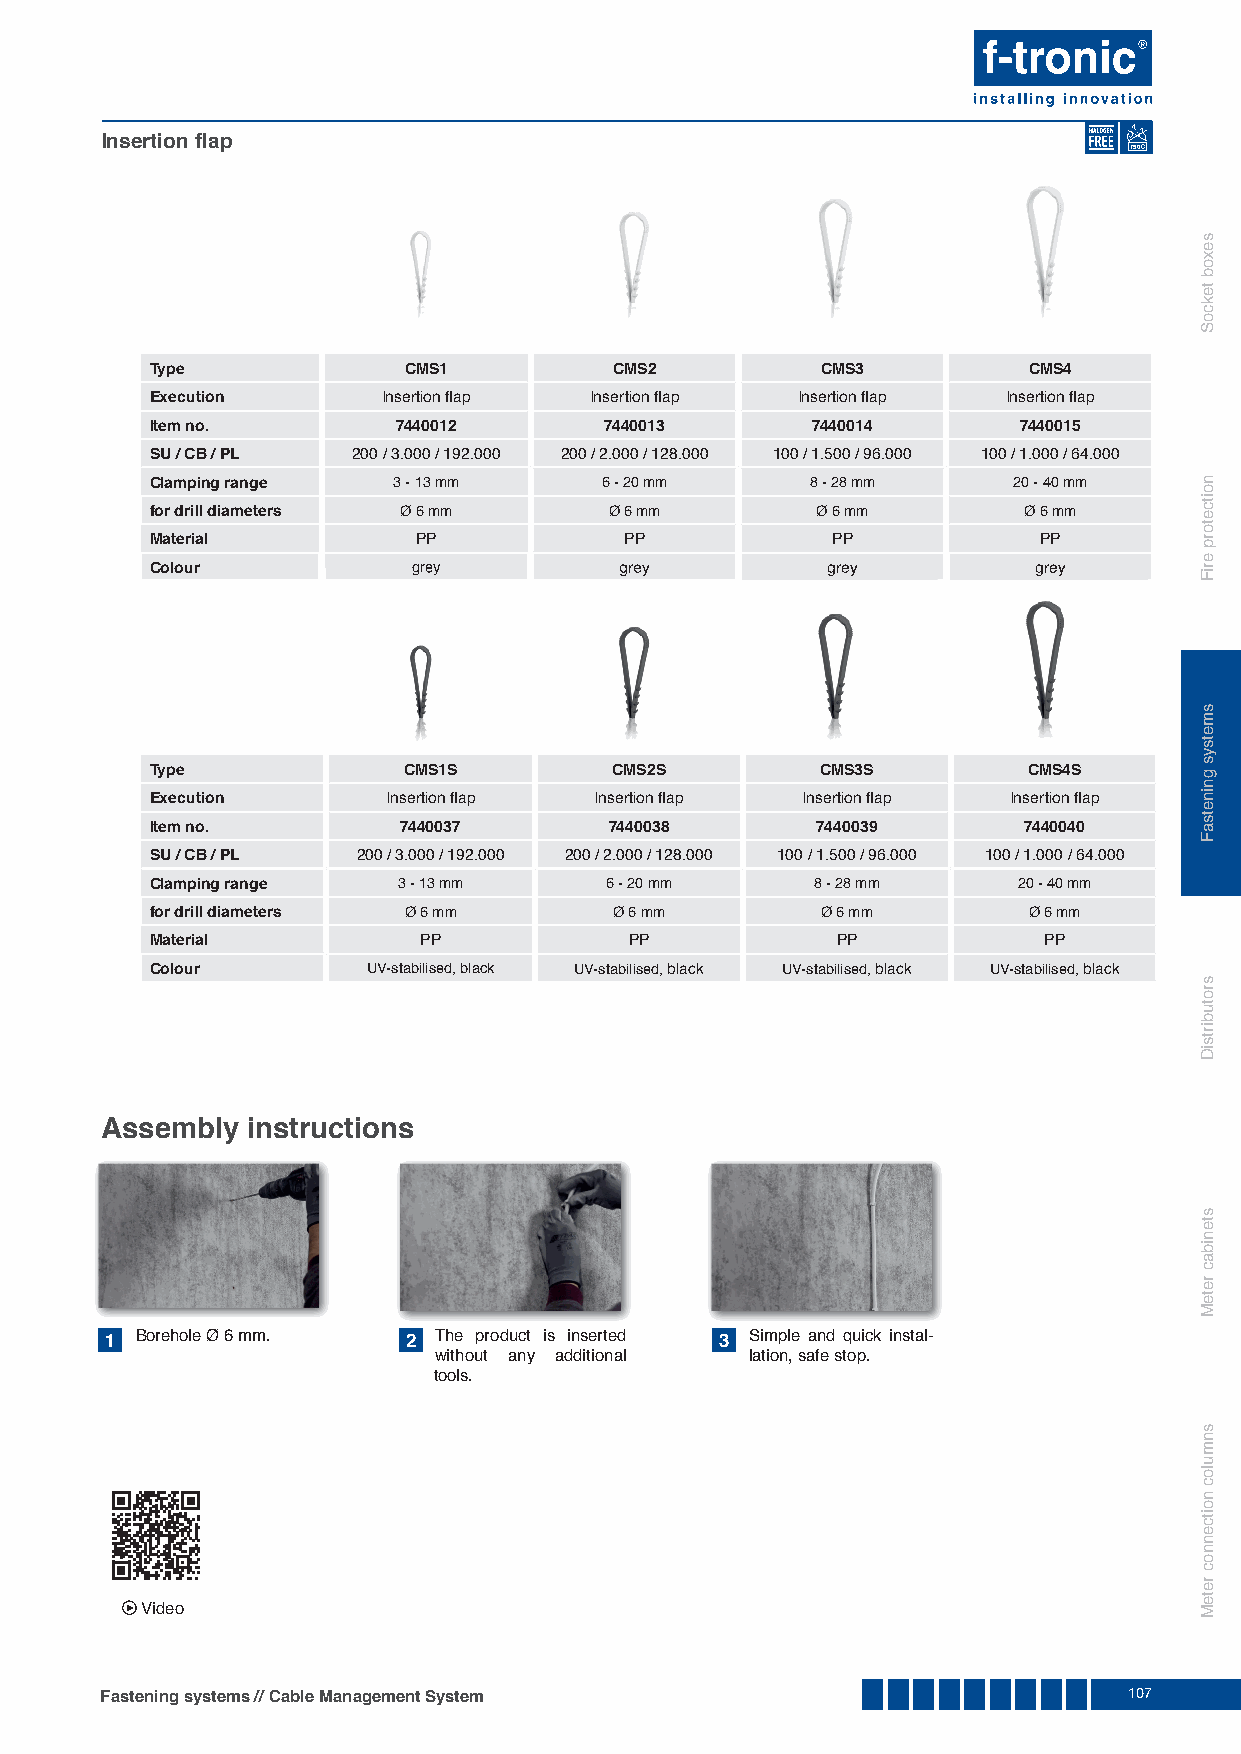
Insertion fl ap
 750
 Type             CMS1          CMS2         CMS3          CMS4
 Execution      Insertion fl ap Insertion fl ap Insertion fl ap Insertion fl ap
 Item no.        7440012       7440013       7440014      7440015
 SU / CB / PL 200 / 3.000 / 192.000 200 / 2.000 / 128.000 100 / 1.500 / 96.000 100 / 1.000 / 64.000
 Clamping range  3 - 13 mm     6 - 20 mm     8 - 28 mm    20 - 40 mm
 for drill diameters Ø 6 mm    Ø 6 mm        Ø 6 mm        Ø 6 mm
 Material          PP           PP            PP            PP
 Colour           ggrreeyy      ggrreeyy      ggrreeyy     ggrreeyy
 Type             CMS1S        CMS2S         CMS3S         CMS4S
 Execution       Insertion fl ap Insertion fl ap Insertion fl ap Insertion fl ap
 Item no.        7440037       7440038       7440039       7440040
 SU / CB / PL  200 / 3.000 / 192.000 200 / 2.000 / 128.000 100 / 1.500 / 96.000 100 / 1.000 / 64.000
 Clamping range  3 - 13 mm     6 - 20 mm     8 - 28 mm    20 - 40 mm
 for drill diameters Ø 6 mm     Ø 6 mm       Ø 6 mm        Ø 6 mm
 Material          PP            PP           PP            PP
 Colour        UV-stabilised, black UV-stabilised, black UV-stabilised, black UV-stabilised, black
 Assembly instructions
 1 Borehole Ø 6 mm.  2 The product is inserted 3 Simple and quick instal-
 without any additional lation, safe stop.
 tools.
 ► Video
 Fastening systems // Cable Management System                        107
 sexob
 tekcoS
 noitcetorp
 eriF
 smetsys
 gninetsaF
 srotubirtsiD
 stenibac
 reteM
 snmuloc
 noitcennoc
 reteM